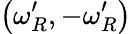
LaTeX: \left(\omega_{R}^{\prime},-\omega_{R}^{\prime}\right)